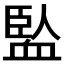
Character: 𧗄